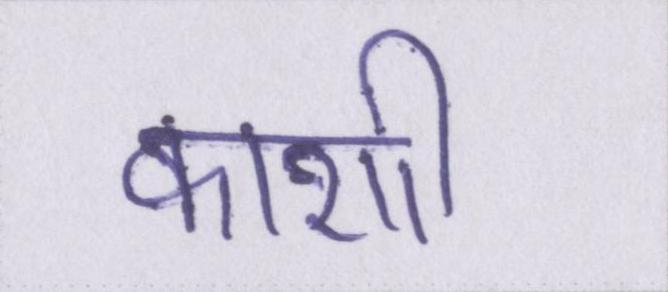
काशी